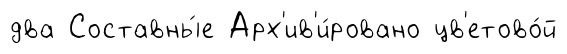
два Составны́е Арх'ив'и́ровано цв'етово́й